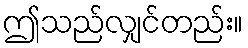
ဤသည်လျှင်တည်း။